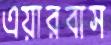
এয়ারবাস